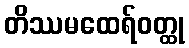
တိဿမထေရ်ဝတ္ထု